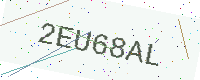
Text: 2EU68AL